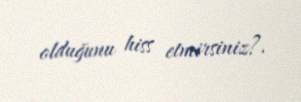
olduğunu hiss etmirsiniz?.